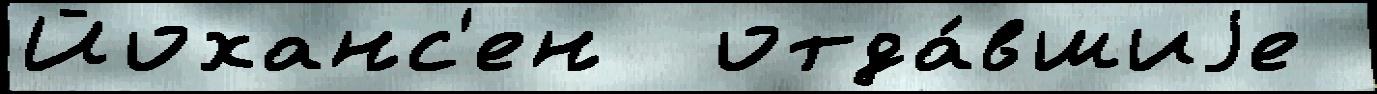
Йоханс'ен  отда́вшиjе